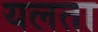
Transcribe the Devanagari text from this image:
यलता